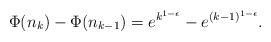
LaTeX: \begin{align*}\Phi(n_k)-\Phi(n_{k-1})= e^{k^{1-\epsilon}}-e^{(k-1)^{1-\epsilon}}. \end{align*}